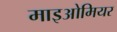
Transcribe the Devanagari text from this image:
माइओमियर